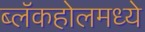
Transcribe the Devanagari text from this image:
ब्लॅकहोलमध्ये